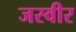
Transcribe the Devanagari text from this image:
जस्वीर